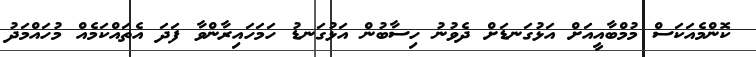
ކޮންމެއަކަސް މުމްބާއީއަށް އަޅުގަނޑަށް ދެވުނު ހިސާބުން އަޅުގަނޑު ހަމަހައިރާންވާ ފަދަ އެތައްކަމެއް މުހައްމަދު